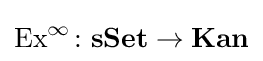
\operatorname {Ex} ^{\infty }\colon \mathbf {sSet} \rightarrow \mathbf {Kan}